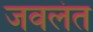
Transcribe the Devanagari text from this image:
जवलंत